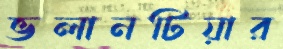
ভলানটিয়ার